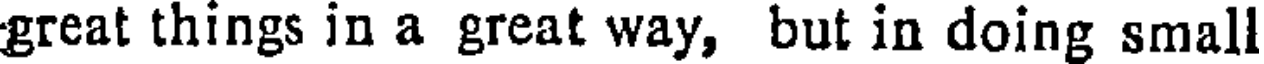
great things in a great way, but in doing small